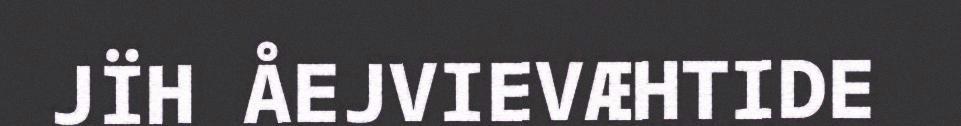
JÏH ÅEJVIEVÆHTIDE